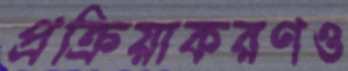
প্রক্রিয়াকরণও